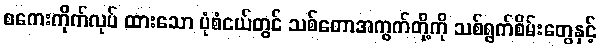
စကေးကိုက်လုပ် ထားသော ပုံစံငယ်တွင် သစ်တောအကွက်တို့ကို သစ်ရွက်စိမ်းတွေနှင့်